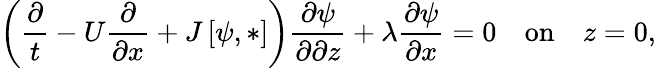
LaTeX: \left(\frac{\partial}{t}-U\frac{\partial}{\partial x}+J\left[\psi,*\right]\right)\frac{\partial\psi}{\partial\partial z}+\lambda\frac{\partial\psi}{\partial x}=0\quad\textrm{on}\quad z=0,